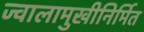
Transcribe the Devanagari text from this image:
ज्वालामुखीनिर्मित